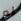
لم